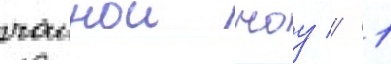
чаинои чоу // 1